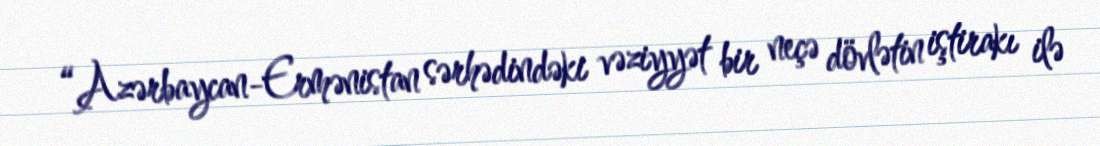
“Azərbaycan-Ermənistan sərhədindəki vəziyyət bir neçə dövlətin iştirakı ilə